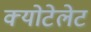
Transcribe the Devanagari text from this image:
क्योटेलेट